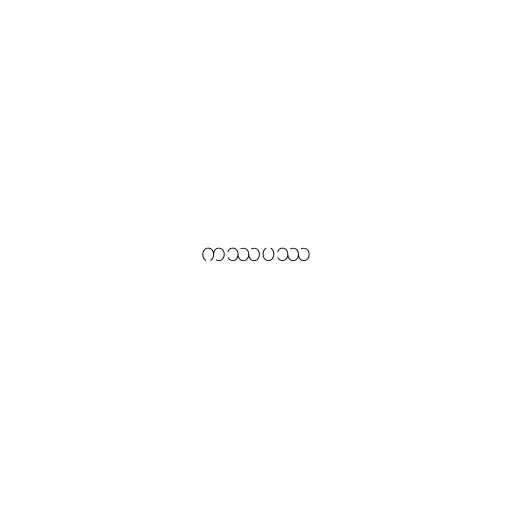
ကဿပဿ